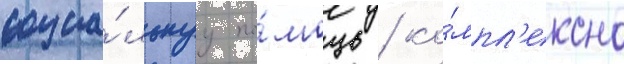
социа́льнуу по́мощь / ко́мпл'ексно